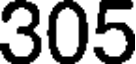
305